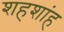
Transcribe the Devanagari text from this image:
शहशांह